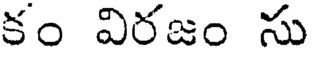
కం విరజం సు